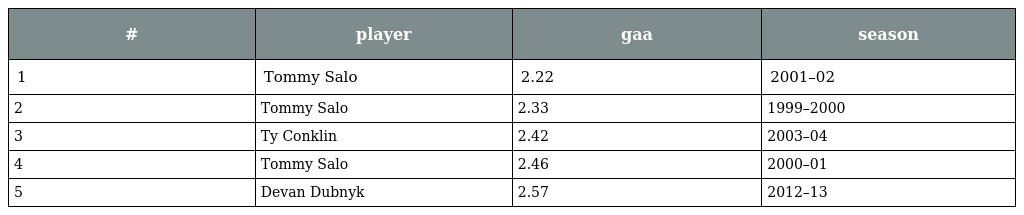
| # | player | gaa | season |
 | --- | --- | --- | --- |
 | 1 | Tommy Salo | 2.22 | 2001–02 |
 | 2 | Tommy Salo | 2.33 | 1999–2000 |
 | 3 | Ty Conklin | 2.42 | 2003–04 |
 | 4 | Tommy Salo | 2.46 | 2000–01 |
 | 5 | Devan Dubnyk | 2.57 | 2012–13 |